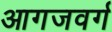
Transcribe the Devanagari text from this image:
आगजवर्ग